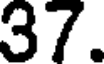
37.